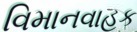
વિમાનવાહક